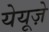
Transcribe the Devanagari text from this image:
येयूज़े